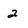
Character: 2